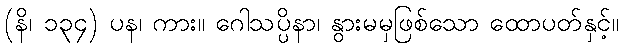
(နိ၊ ၁၃၄) ပန၊ ကား။ ဂေါသပ္ပိနာ၊ နွားမမှဖြစ်သော ထောပတ်နှင့်။